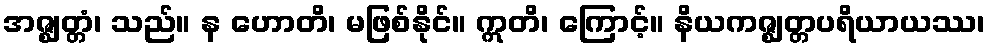
အဇ္ဈတ္တံ၊ သည်။ န ဟောတိ၊ မဖြစ်နိုင်။ ဣတိ၊ ကြောင့်။ နိယကဇ္ဈတ္တပရိယာယဿ၊